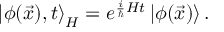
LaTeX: \left| \phi ( \vec { x } ) , t \right> _ { H } = e ^ { \frac { i } { \hbar } { \cal { H } } t } \left| \phi ( \vec { x } ) \right> .